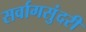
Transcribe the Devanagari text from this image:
सर्वागसुंदरी